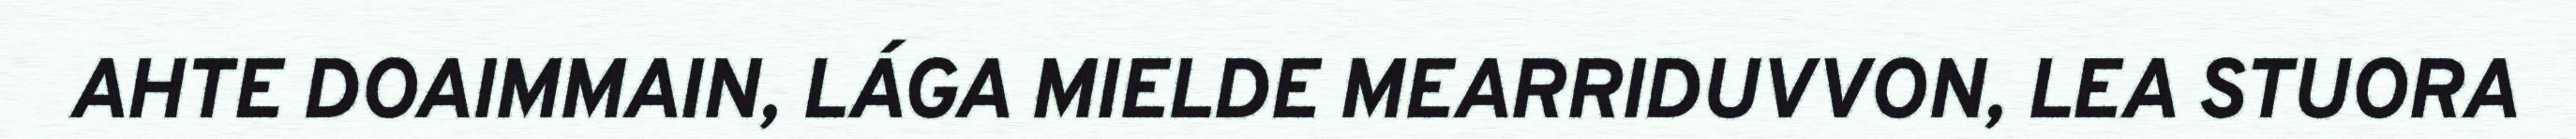
AHTE DOAIMMAIN, LÁGA MIELDE MEARRIDUVVON, LEA STUORA